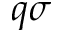
q \sigma